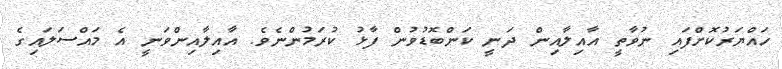
ހައްޔަރުކޮށްފައި ނުވާތީ އާއިލާއިން ދަނީ ކަންބޮޑުވުން ފާޅު ކުރަމުންނެވެ. އާއިލާއިންވަނީ އެ މައްސަލައިގެ